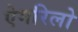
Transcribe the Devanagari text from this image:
ऐमरिलो